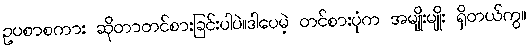
ဥပစာစကား ဆိုတာတင်စားခြင်းပါပဲ။ဒါပေမဲ့ တင်စားပုံက အမျိုးမျိုး ရှိတယ်ကွ။